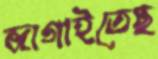
জাগাইতেছ